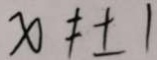
x \neq \pm 1